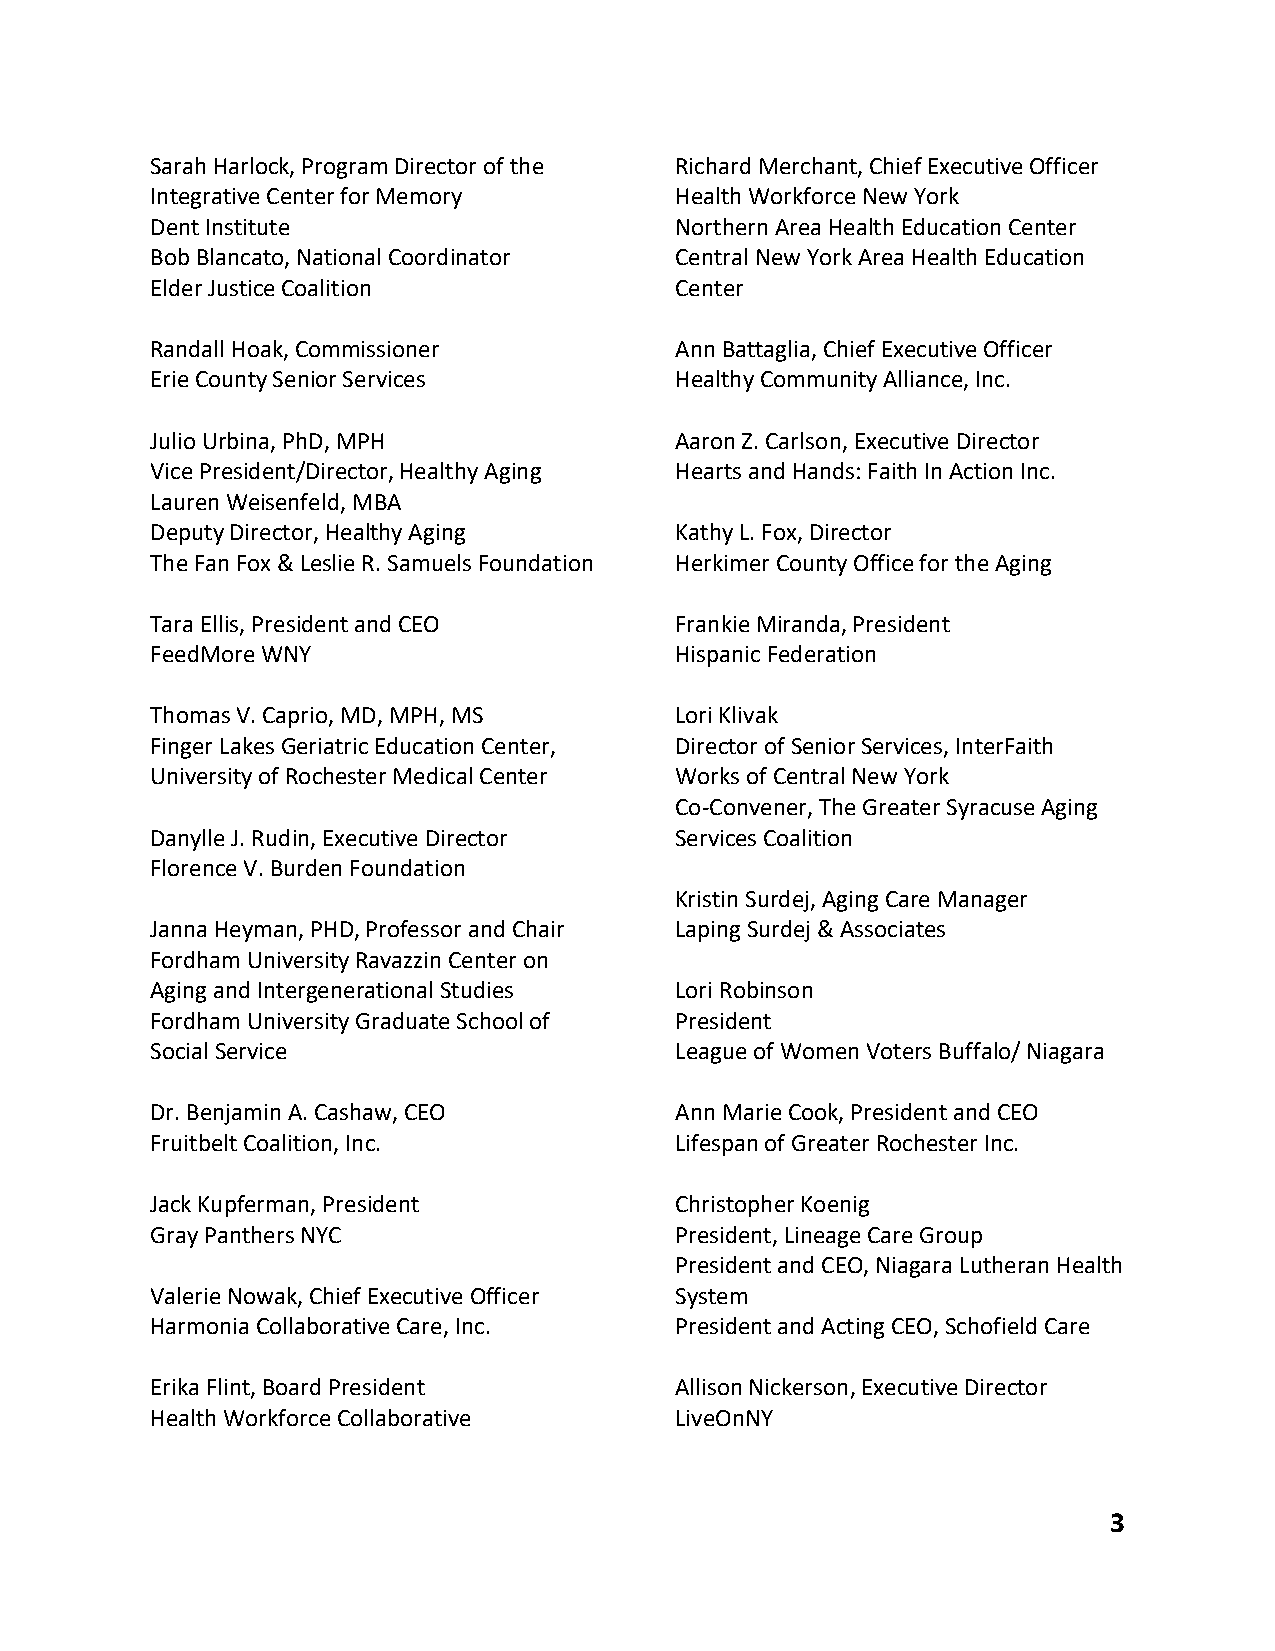
Sarah Harlock, Program Director of the Richard Merchant, Chief Executive Officer
 Integrative Center for Memory      Health Workforce New York
 Dent Institute                     Northern Area Health Education Center
 Bob Blancato, National Coordinator Central New York Area Health Education
 Elder Justice Coalition            Center
 Randall Hoak, Commissioner         Ann Battaglia, Chief Executive Officer
 Erie County Senior Services        Healthy Community Alliance, Inc.
 Julio Urbina, PhD, MPH             Aaron Z. Carlson, Executive Director
 Vice President/Director, Healthy Aging Hearts and Hands: Faith In Action Inc.
 Lauren Weisenfeld, MBA
 Deputy Director, Healthy Aging     Kathy L. Fox, Director
 The Fan Fox & Leslie R. Samuels Foundation Herkimer County Office for the Aging
 Tara Ellis, President and CEO      Frankie Miranda, President
 FeedMore WNY                       Hispanic Federation
 Thomas V. Caprio, MD, MPH, MS      Lori Klivak
 Finger Lakes Geriatric Education Center, Director of Senior Services, InterFaith
 University of Rochester Medical Center Works of Central New York
 Co-Convener, The Greater Syracuse Aging
 Danylle J. Rudin, Executive Director Services Coalition
 Florence V. Burden Foundation
 Kristin Surdej, Aging Care Manager
 Janna Heyman, PHD, Professor and Chair Laping Surdej & Associates
 Fordham University Ravazzin Center on
 Aging and Intergenerational Studies Lori Robinson
 Fordham University Graduate School of President
 Social Service                     League of Women Voters Buffalo/ Niagara
 Dr. Benjamin A. Cashaw, CEO        Ann Marie Cook, President and CEO
 Fruitbelt Coalition, Inc.          Lifespan of Greater Rochester Inc.
 Jack Kupferman, President          Christopher Koenig
 Gray Panthers NYC                  President, Lineage Care Group
 President and CEO, Niagara Lutheran Health
 Valerie Nowak, Chief Executive Officer System
 Harmonia Collaborative Care, Inc.  President and Acting CEO, Schofield Care
 Erika Flint, Board President       Allison Nickerson, Executive Director
 Health Workforce Collaborative     LiveOnNY
 3